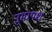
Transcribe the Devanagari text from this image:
नुमायश